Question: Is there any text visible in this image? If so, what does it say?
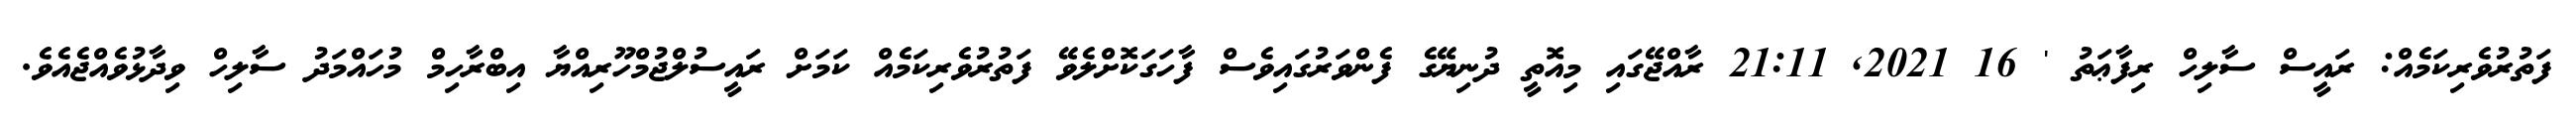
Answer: ފަތުރުވެރިކަމެއް: ރައީސް ސާލިހް ރިފާޢަތު ' 16 2021, 21:11 ރާއްޖޭގައި މިއޮތީ ދުނިޔޭގެ ފެންވަރުގައިވެސް ފާހަގަކޮށްލެވޭ ފަތުރުވެރިކަމެއް ކަމަށް ރައީސުލްޖުމްހޫރިއްޔާ އިބްރާހިމް މުހައްމަދު ސާލިހް ވިދާޅުވެއްޖެއެވެ.